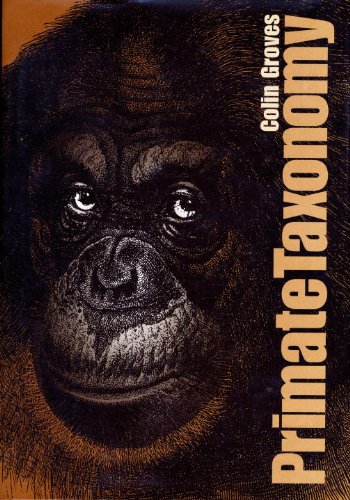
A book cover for Primate Taxonomy (Smithsonian Series in Comparative Evolutionary Biology); Colin Groves; Science & Math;